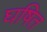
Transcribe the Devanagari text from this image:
घषित